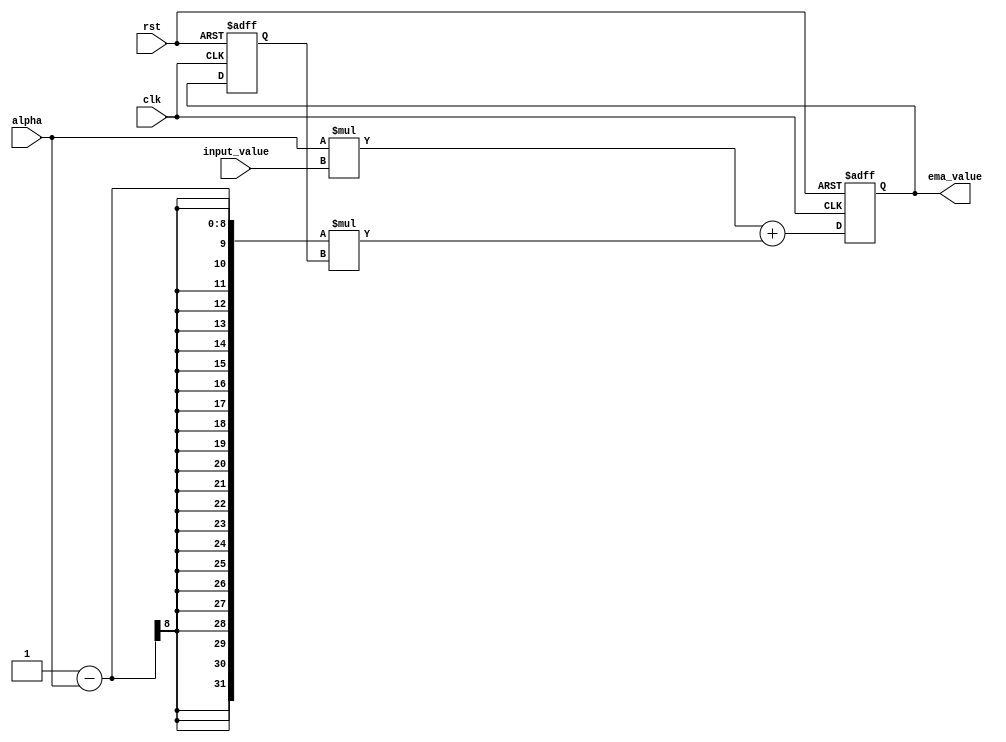
module EMA_accumulator (
  input wire clk,
  input wire rst,
  input wire [7:0] alpha,
  input wire [15:0] input_value,
  output reg [15:0] ema_value
);

reg [15:0] prev_ema;

always @ (posedge clk or posedge rst) begin
  if (rst) begin
    prev_ema <= 0;
    ema_value <= 0;
  end else begin
    prev_ema <= ema_value;
    ema_value <= (alpha * input_value) + ((1 - alpha) * prev_ema);
  end
end

endmodule